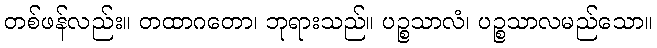
တစ်ဖန်လည်း။ တထာဂတော၊ ဘုရားသည်။ ပဉ္စသာလံ၊ ပဉ္စသာလမည်သော။